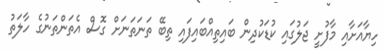
ހިޔާއަށާއި މާފުށީ ޖަލުގައި ކުޑަކުދިން ބައިތިއްބައިފައި ތިބޭ ތަނަތަނަށް ގޮސް އެތަންތަނުގެ ހާލަތު